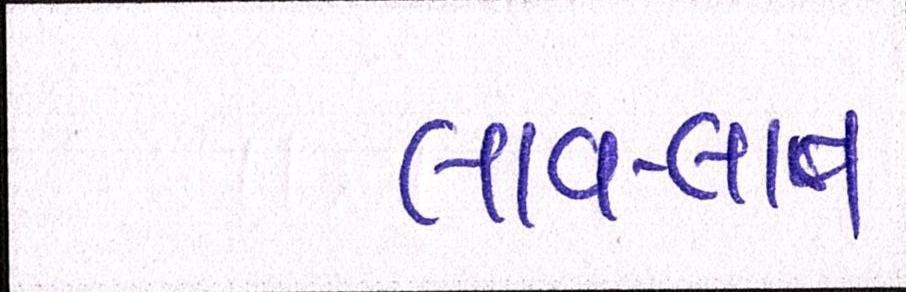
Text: લાવ-લાવ